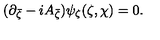
( \partial _ { \bar { \zeta } } - i A _ { \bar { \zeta } } ) \psi _ { \zeta } ( \zeta , \chi ) = 0 .